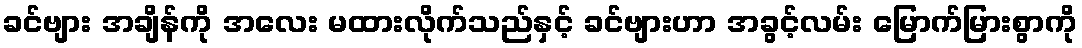
ခင်ဗျား အချိန်ကို အလေး မထားလိုက်သည်နှင့် ခင်ဗျားဟာ အခွင့်လမ်း မြောက်မြားစွာကို